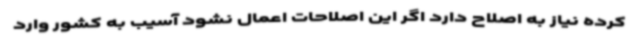
کرده نیاز به اصلاح دارد اگر این اصلاحات اعمال نشود آسیب به کشور وارد